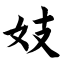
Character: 妓